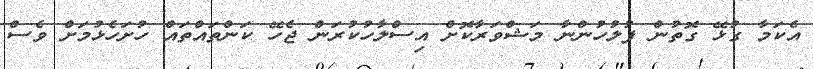
އެކަމާ ގުޅޭ ގޮތުން ފުލުހުންނާ މަޝްވަރާކޮށް އިސްލާހުކުރަން ޖެހޭ ކަންތައްތައް ހުށަހެޅުމަށް ވެސް